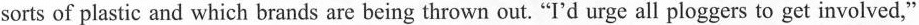
sorts of plastic and which brands are being thrown out. “I'd urge all ploggers to get involved,"